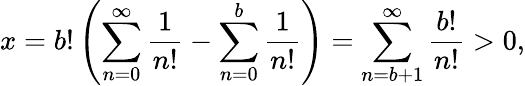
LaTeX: x=b!\left(\sum_{n=0}^{\infty}{\frac{1}{n!}}-\sum_{n=0}^{b}{\frac{1}{n!}}\right)=\sum_{n=b+1}^{\infty}{\frac{b!}{n!}}>0,